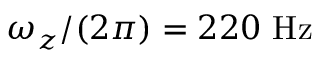
\omega _ { z } / ( 2 \pi ) = 2 2 0 \ \mathrm { H z }